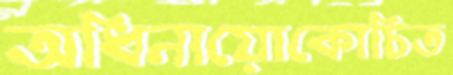
অধিনায়োকোচিত